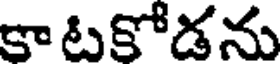
కా టకోడను